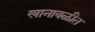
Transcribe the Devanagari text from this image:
खानावळीत